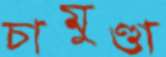
চামুণ্ডা